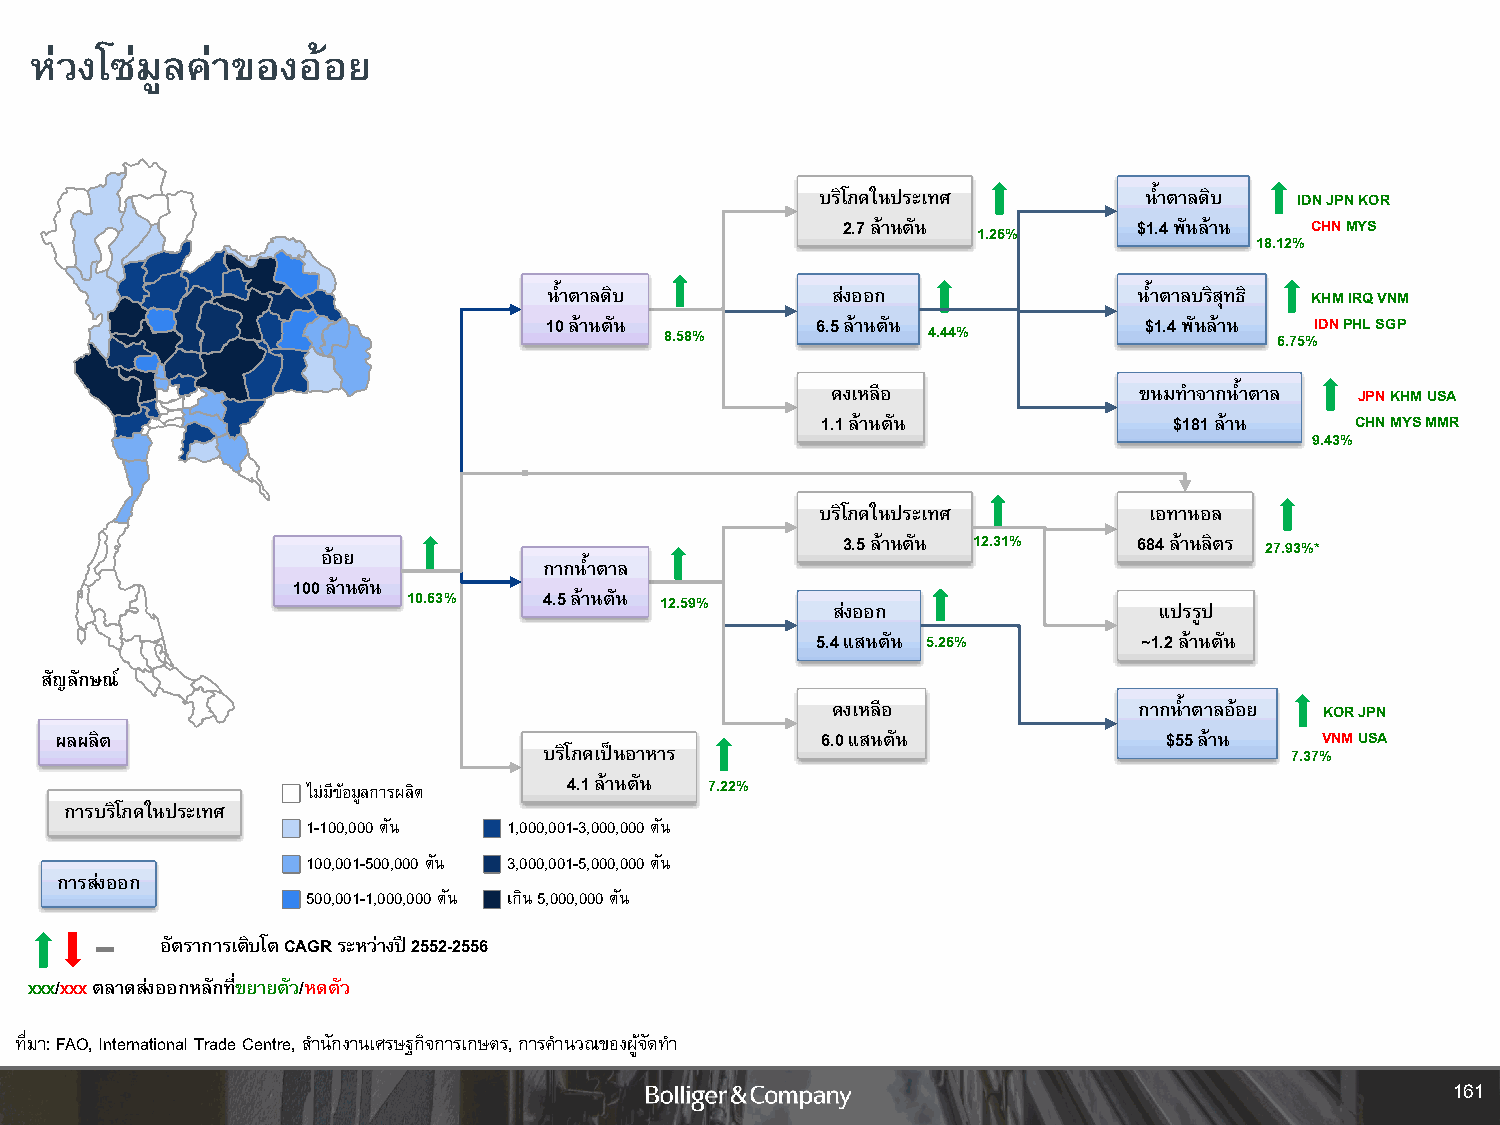
ห่วงโซ่มูลค่าของอ้อย
 บริโภคในประเทศ        น้ าตาลดิบ IDNJPNKOR
 2.7ล้านตัน         $1.4 พันล้าน CHNMYS
 1.26%
 18.12%
 น้ าตาลดิบ         ส่งออก              น้ าตาลบริสุทธิ KHMIRQVNM
 10 ล้านตัน        6.5 ล้านตัน           $1.4 พันล้าน IDNPHL SGP
 8.58%            4.44%                   6.75%
 คงเหลือ             ขนมท าจากน้ าตาล JPNKHMUSA
 1.1 ล้านตัน             $181 ล้าน   CHNMYS MMR
 9.43%
 บริโภคในประเทศ        เอทานอล
 3.5ล้านตัน 12.31%  684ล้านลิตร 27.93%*
 อ้อย
 กากน้ าตาล
 100ล้านตัน
 10.63%   4.5ล้านตัน 12.59%
 ส่งออก                แปรรูป
 5.4 แสนตัน 5.26%      ~1.2 ล้านตัน
 สัญลักษณ์
 คงเหลือ             กากน้ าตาลอ้อย KOR JPN
 ผลผลิต                                            6.0 แสนตัน             $55 ล้าน  VNMUSA
 บริโภคเป็นอาหาร                                  7.37%
 4.1ล้านตัน 7.22%
 ไม่มีข้อมูลการผลิต
 การบริโภคในประเทศ
 1-100,000 ตัน 1,000,001-3,000,000 ตัน
 100,001-500,000 ตัน 3,000,001-5,000,000 ตัน
 การส่งออก
 500,001-1,000,000 ตัน เกิน 5,000,000 ตัน
 อัตราการเติบโต CAGR ระหว่างปี 2552-2556
 xxx/xxxตลาดส่งออกหลักที่ขยายตัว/หดตัว
 ที่มา:FAO, International Trade Centre, ส านักงานเศรษฐกิจการเกษตร,การค านวณของผู้จัดท า
 161